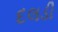
દલડી